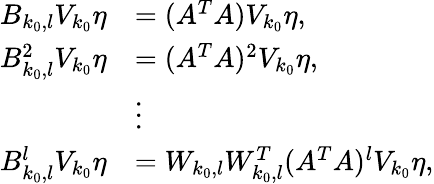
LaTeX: \begin{array}{rl}{B_{k_{0},l}V_{k_{0}}\eta}&{=(A^{T}A)V_{k_{0}}\eta,}\\ {B_{k_{0},l}^{2}V_{k_{0}}\eta}&{=(A^{T}A)^{2}V_{k_{0}}\eta,}\\ &{\vdots}\\ {B_{k_{0},l}^{l}V_{k_{0}}\eta}&{=W_{k_{0},l}W_{k_{0},l}^{T}(A^{T}A)^{l}V_{k_{0}}\eta,}\end{array}